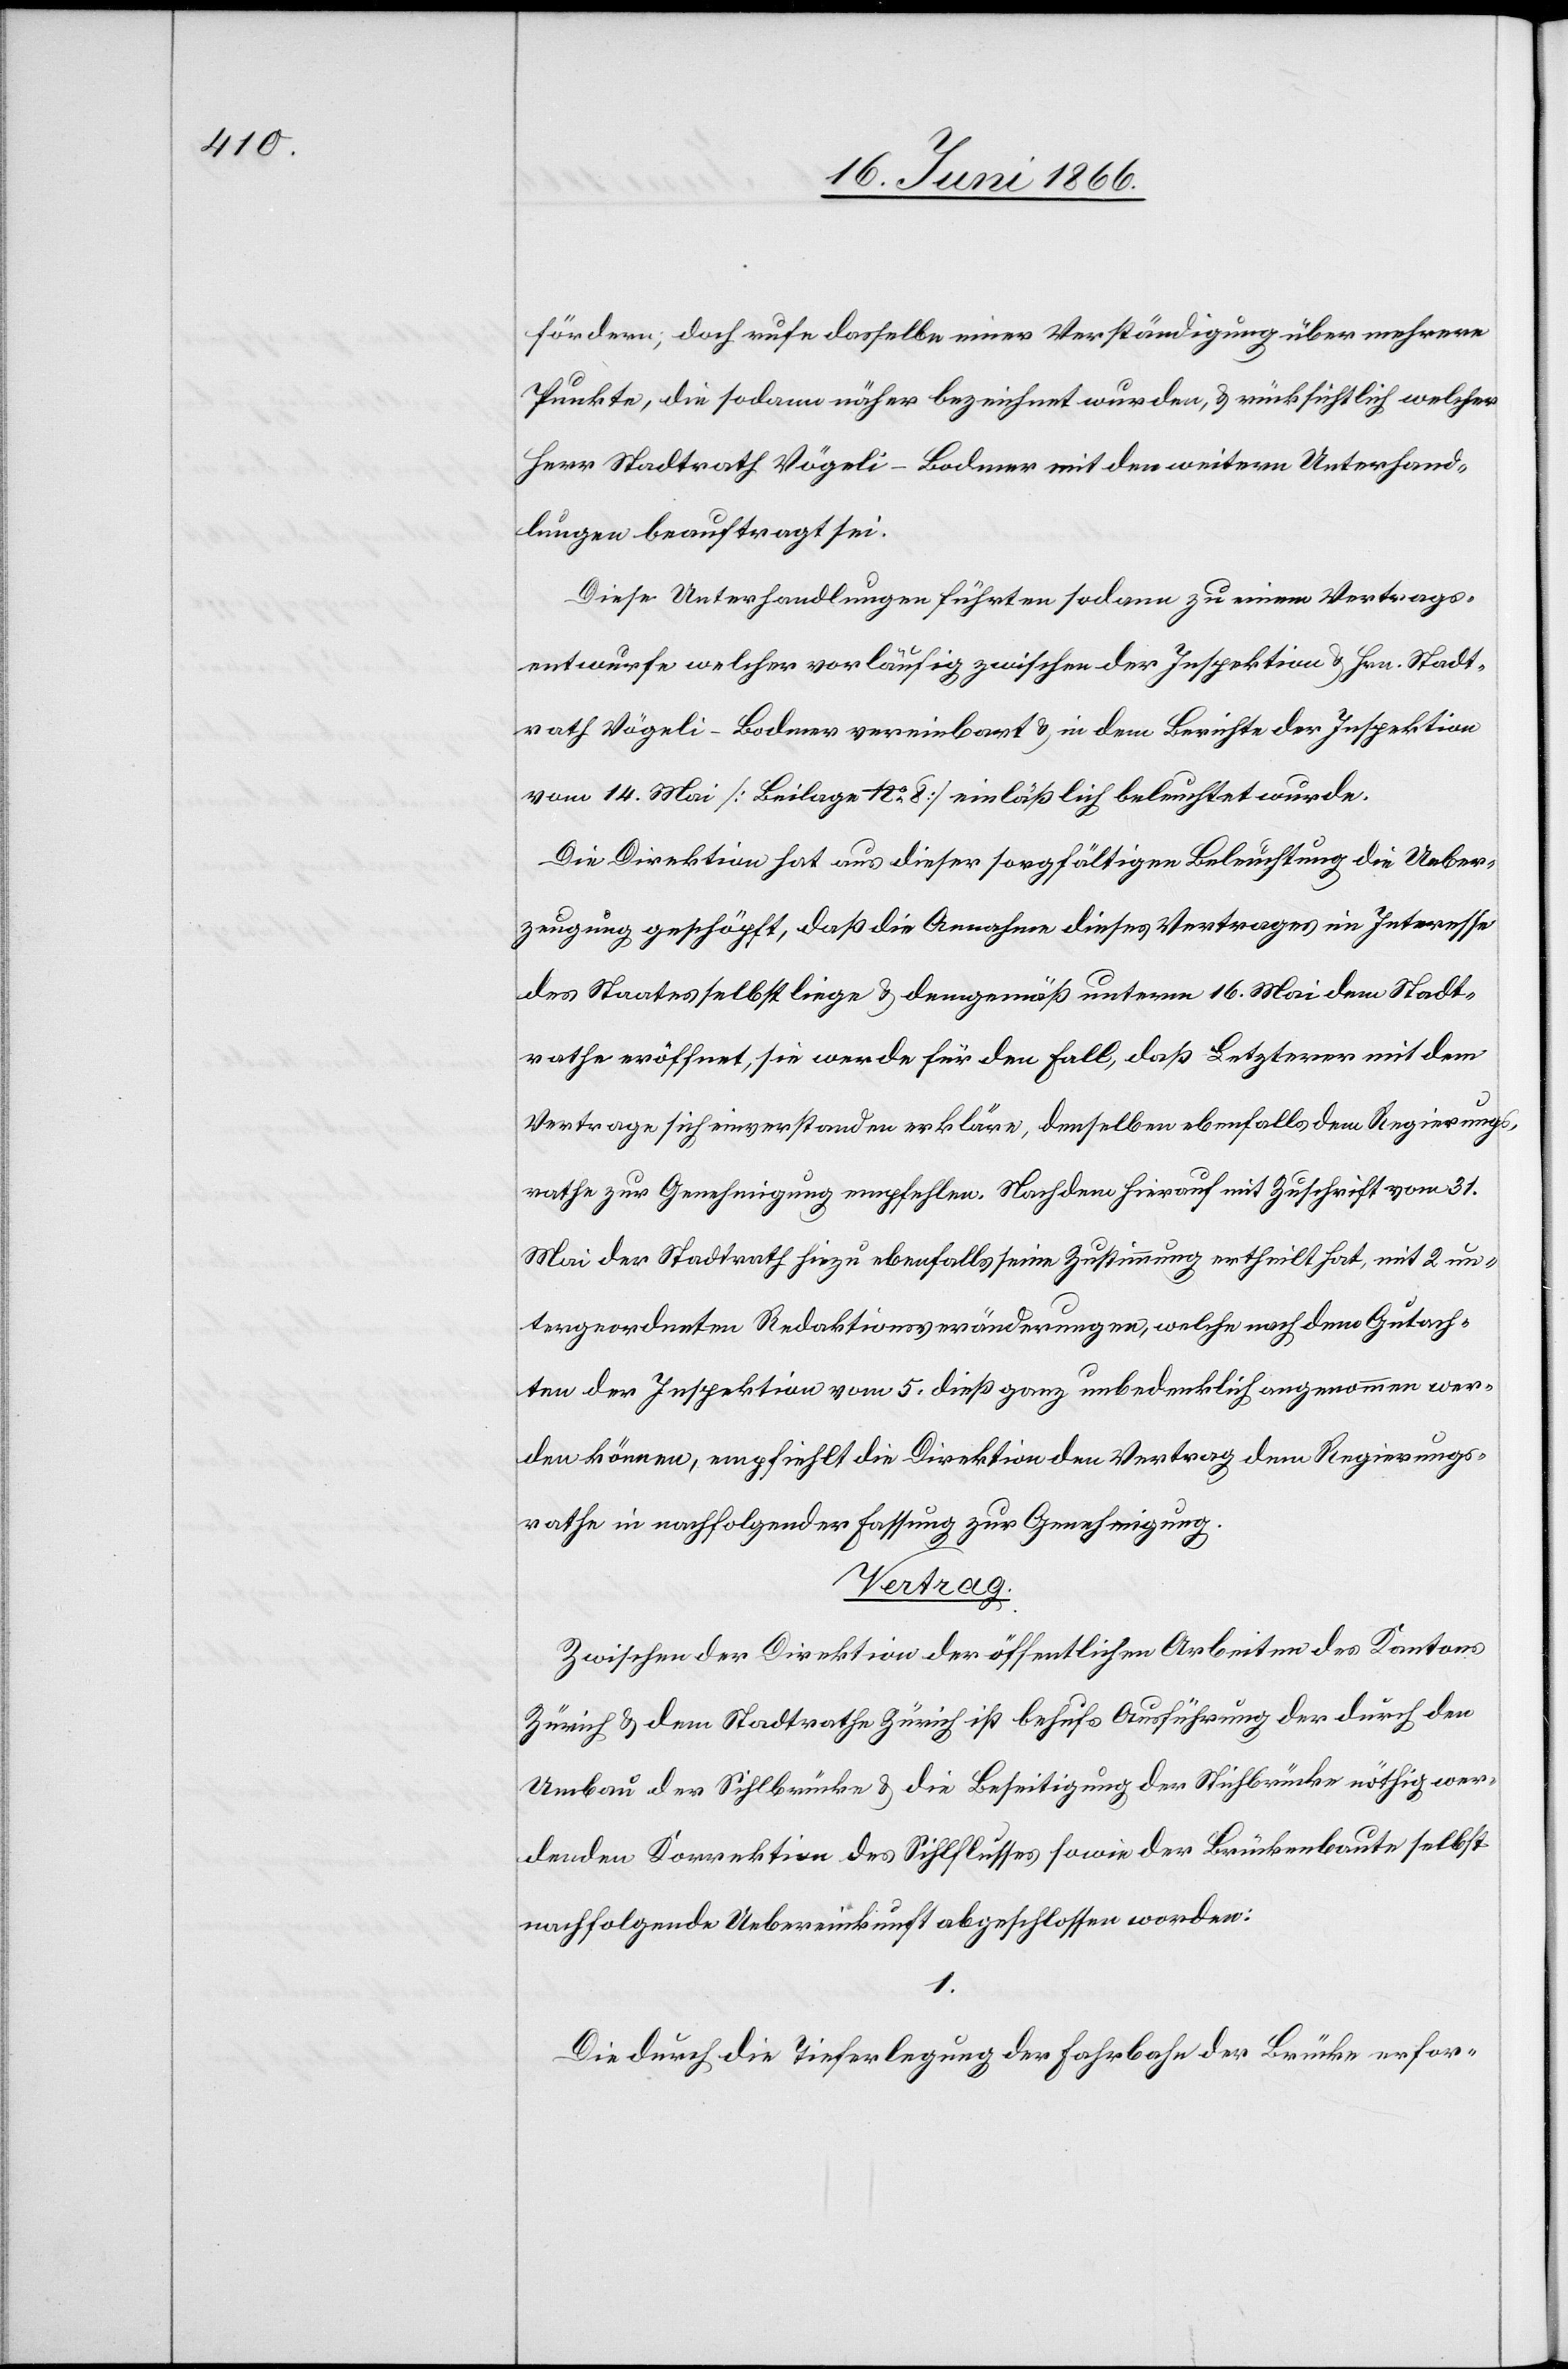
fördern; doch rufe dasselbe einer Verständigung über mehrere
Punkte, die sodann näher bezeichnet wurden, u. rücksichtlich welcher
Herr Stadtrath Vögeli-Bodmer mit den weitern Unterhand¬
lungen beauftragt sei.
Diese Unterhandlungen führten sodann zu einem Vertrags¬
entwurfe welcher vorläufig zwischen der Inspektion u. Hrn. Stadt¬
rath Vögeli-Bodmer vereinbart u. in dem Berichte der Inspektion
vom 14. Mai [Beilage No. 8] einläßlich beleuchtet wurde.
Die Direktion hat aus dieser sorgfältigen Beleuchtung die Ueber¬
zeugung geschöpft, daß die Annahme dieses Vertrages im Interesse
des Staates selbst liege u. demgemäß unterm 16. Mai dem Stadt¬
rathe eröffnet, sie werde für den Fall, daß Letzterer mit dem
Vertrage sich einverstanden erkläre, denselben ebenfalls dem Regierungs¬
rathe zur Genehmigung empfehlen. Nachdem hierauf mit Zuschrift vom 31.
Mai der Stadtrath ebenfalls seine Zustimmung ertheilt hat, mit 2 un¬
tergeordneten Redaktionsveränderungen, welche nach dem Gutach¬
ten der Inspektion vom 5. dieß ganz unbedenklich angenommen wer¬
den können, empfiehlt die Direktion den Vertrag dem Regierungs¬
rathe in nachfolgender Fassung zur Genehmigung.
Vertrag.
Zwischen der Direktion der öffentlichen Arbeiten des Kantons
Zürich u. dem Stadtrathe Zürich ist behufs Ausführung der durch den
Umbau der Sihlbrücke u. die Beseitigung der Sihlbrücke nöthig wer¬
denden Korrektion des Sihlflusses sowie der Brückenbaute selbst
nachfolgende Uebereinkunft abgeschlossen worden:
1.
Die durch die Tieferlegung der Fahrbahn der Brücke erfor-